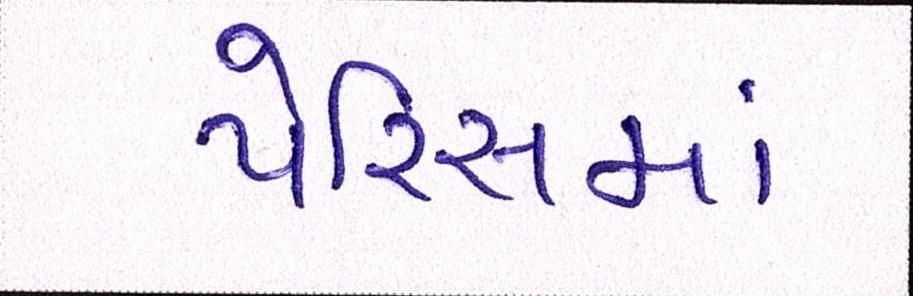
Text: પેરિસમાં